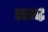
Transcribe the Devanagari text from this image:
बचनबद्ध